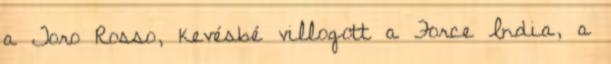
a Toro Rosso, kevésbé villogott a Force India, a